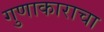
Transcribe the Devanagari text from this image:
गुणाकाराचा